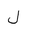
Letter: _lam